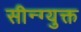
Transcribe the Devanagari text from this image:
सीन्ग्युक्त